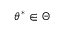
\theta ^ { * } \in \Theta